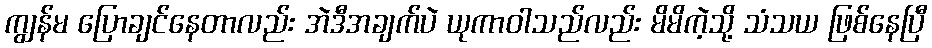
ကျွန်မ ပြောချင်နေတာလည်း အဲဒီအချက်ပဲ ယုကာဝါသည်လည်း မိမိကဲ့သို့ သံသယ ဖြစ်နေပြီ